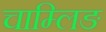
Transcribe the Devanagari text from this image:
चाम्लिङ